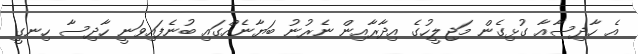
އެ ހާދިސާއާ ގުޅިގެން މަޖިލީހުގެ އިދާރާއިން ނެރުނު ބަޔާނެއްގައި ބުނެފައިވަނީ ހާދިސާ ހިނގީ